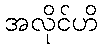
အလိုင်ဟိ